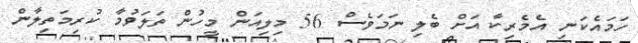
ހަމައެކަނި އެމެރިކާ އަށް ބެލި ނަމަވެސް 56 މިލިއަން މީހުން ތަލަވުމާ ކުރިމަތިލާން